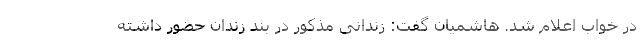
در خواب اعلام شد. هاشمیان گفت: زندانی مذکور در بند زندان حضور داشته